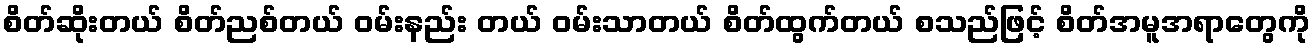
စိတ်ဆိုးတယ် စိတ်ညစ်တယ် ဝမ်းနည်း တယ် ဝမ်းသာတယ် စိတ်ထွက်တယ် စသည်ဖြင့် စိတ်အမူအရာတွေကို